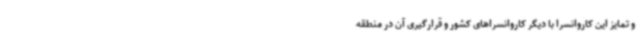
و تمایز این کاروانسرا با دیگر کاروانسراهای کشور و قرارگیری آن در منطقه